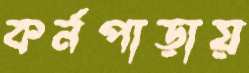
কর্নপাড়ায়